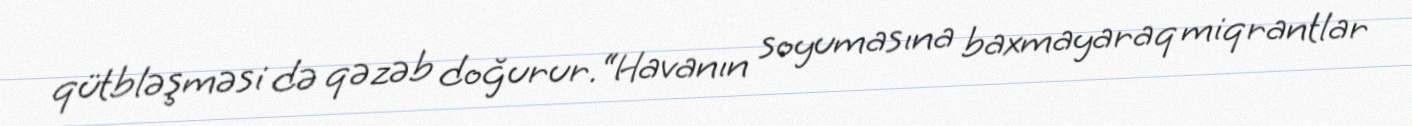
qütbləşməsi də qəzəb doğurur.“Havanın soyumasına baxmayaraq miqrantlar